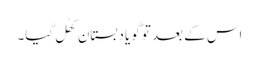
اس کے بعد تو گویا دبستان کھُل گیا۔